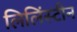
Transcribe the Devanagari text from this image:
लिलिंस्टीन